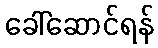
ခေါ်ဆောင်ရန်